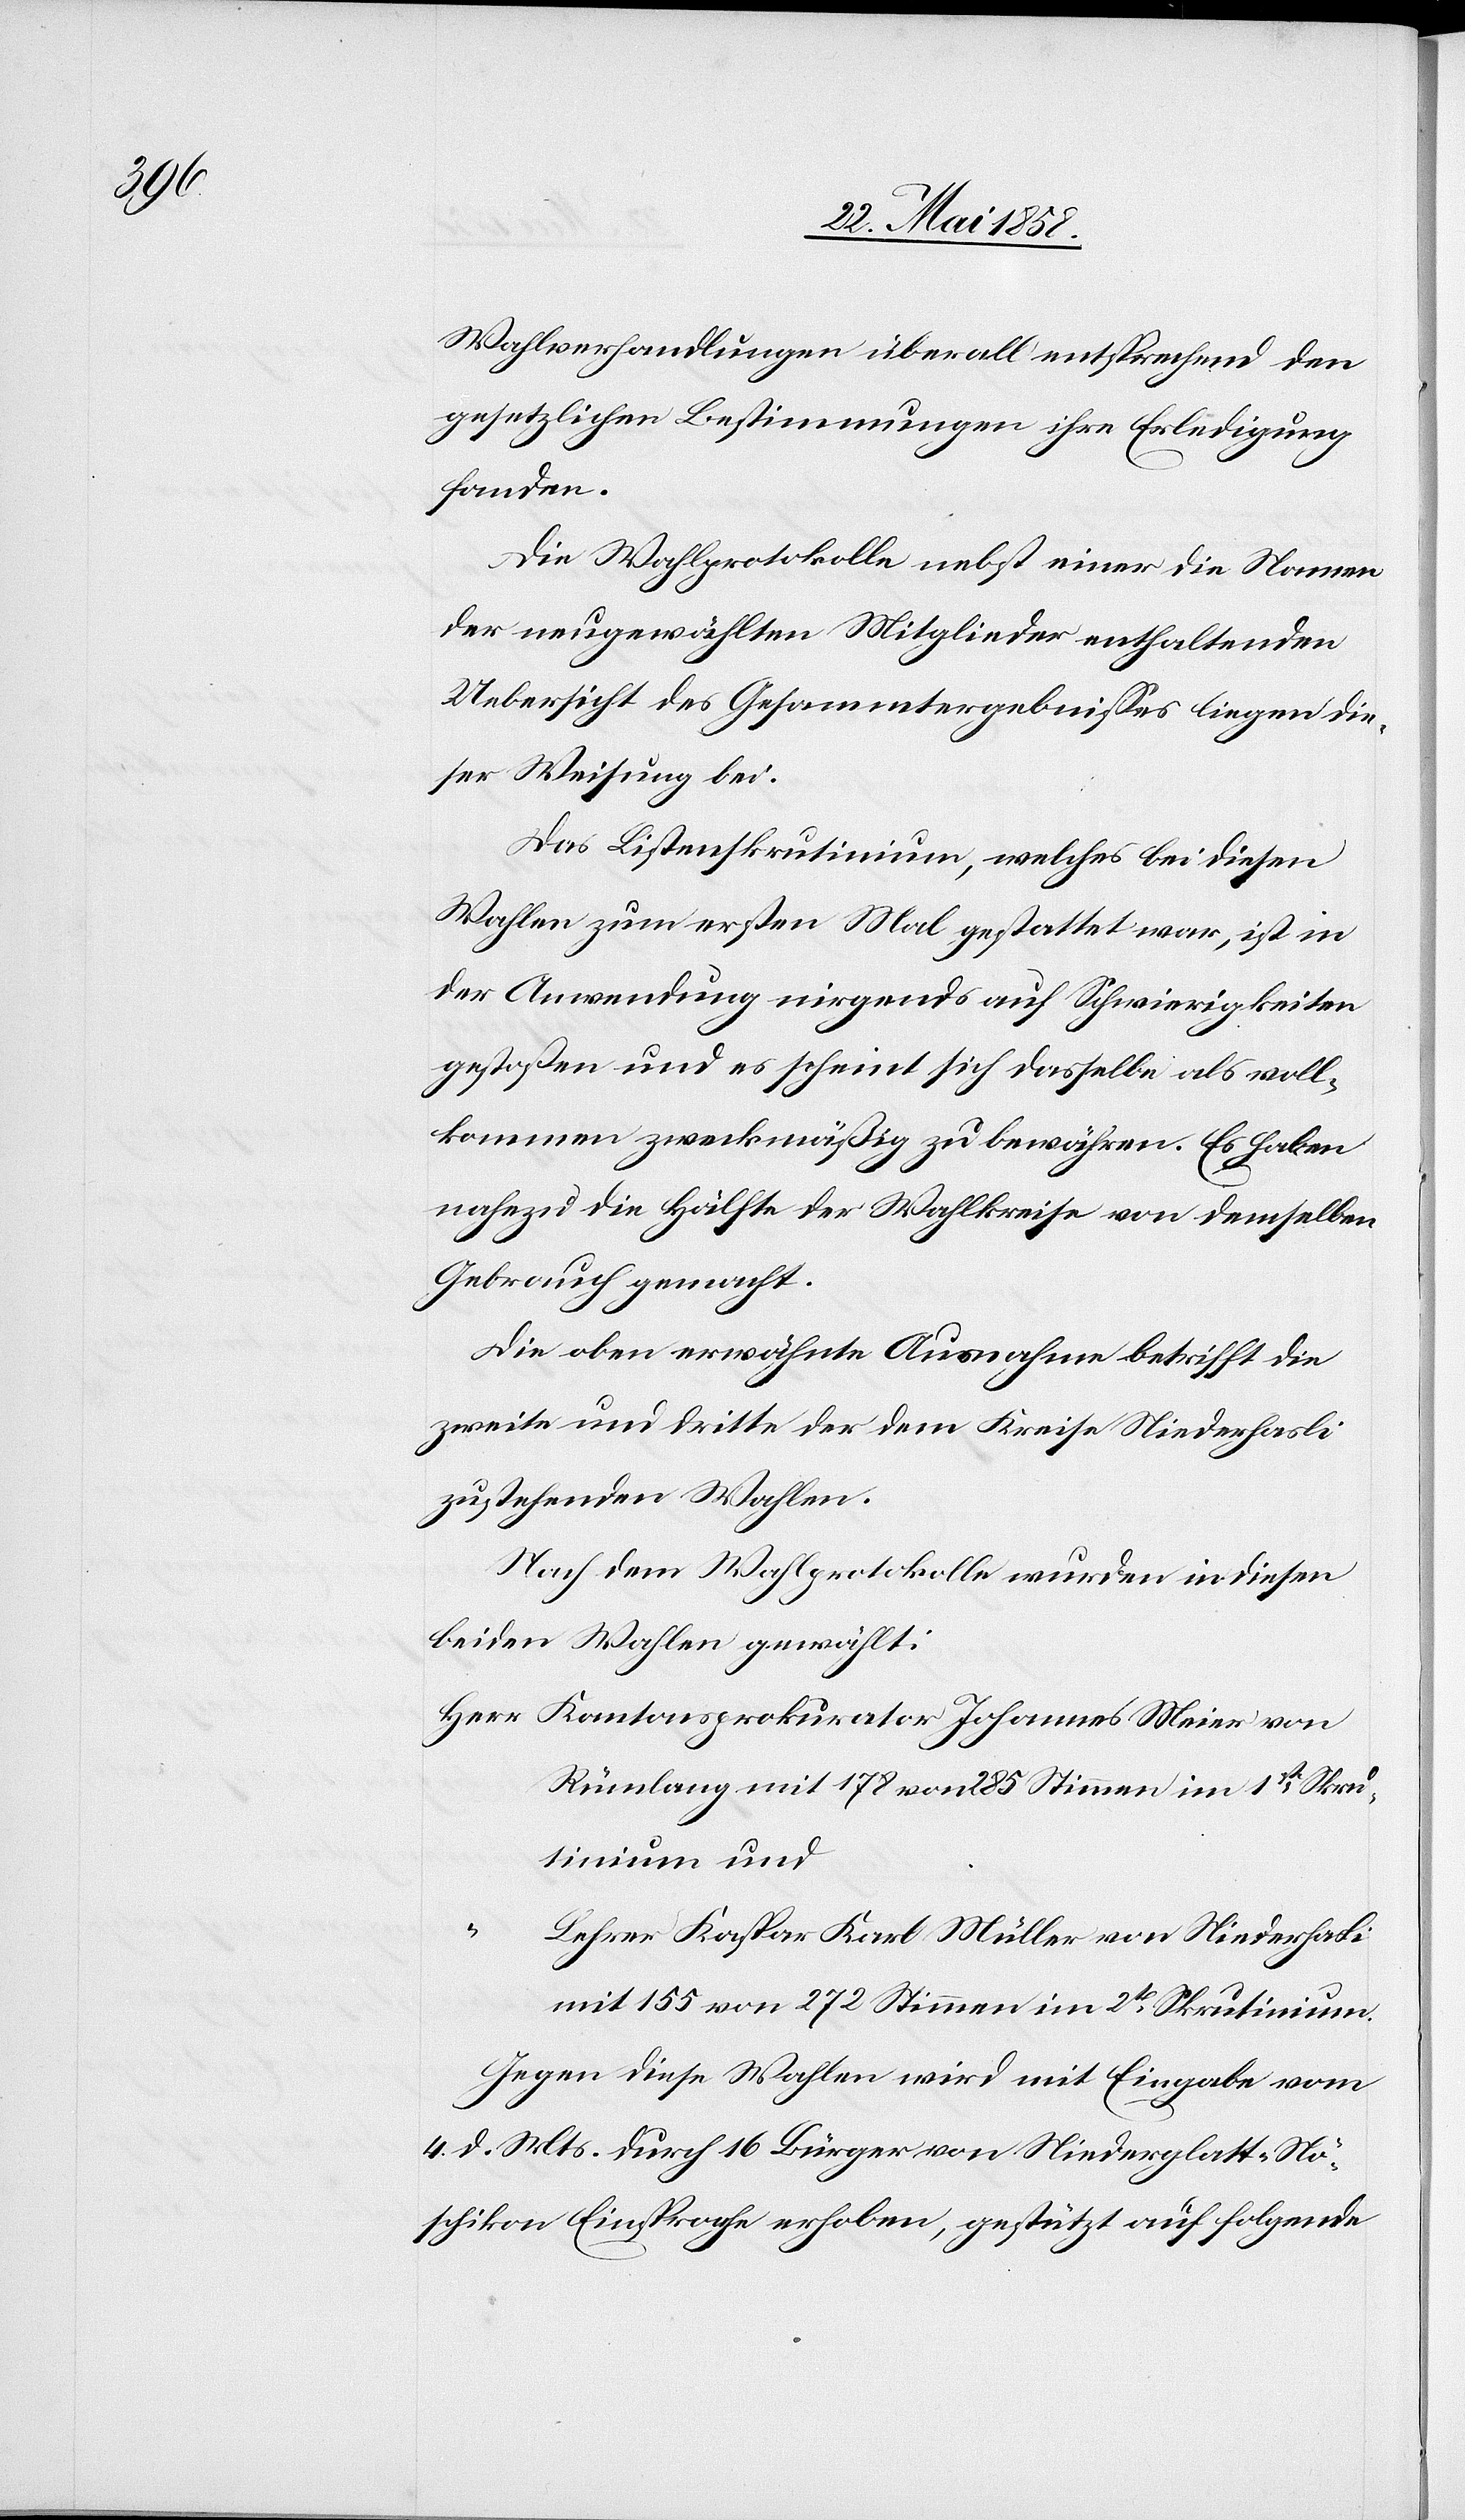
Wahlverhandlungen überall entsprechend den
gesetzlichen Bestimmungen ihre Erledigung
fanden.
Die Wahlprotokolle nebst einer die Namen
der neugewählten Mitglieder enthaltenden
Uebersicht des Gesammtergebnisses liegen die¬
ser Weisung bei.
Das Listenskrutinium, welches bei diesen
Wahlen zum ersten Mal gestattet war, ist in
der Anwendung nirgends auf Schwierigkeiten
gestoßen und es scheint sich dasselbe als voll¬
kommen zweckmäßig zu bewähren. Es haben
nahezu die Hälfte der Wahlkreise von demselben
Gebrauch gemacht.
Die oben erwähnte Ausnahme betrifft die
zweite und dritte der dem Kreise Niederhasli
zustehenden Wahlen.
Nach dem Wahlprotokolle wurden in diesen
beiden Wahlen gewählt:
Kantonsprokurator Johannes Meier von
Rümlang mit 178 von 285 Stimmen im 1st Skru¬
tinium und
Lehrer Kaspar Karl Müller von Niederhasli
mit 155 von 285 Stimmen im 2t Skrutinium.
Gegen diese Wahlen wird mit Eingabe vom
4. d. Mts. durch 16 Bürger von Niederglatt-Nö¬
schikon Einsprache erhoben, gestützt auf folgende